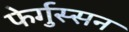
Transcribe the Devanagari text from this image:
फेर्गुस्सन